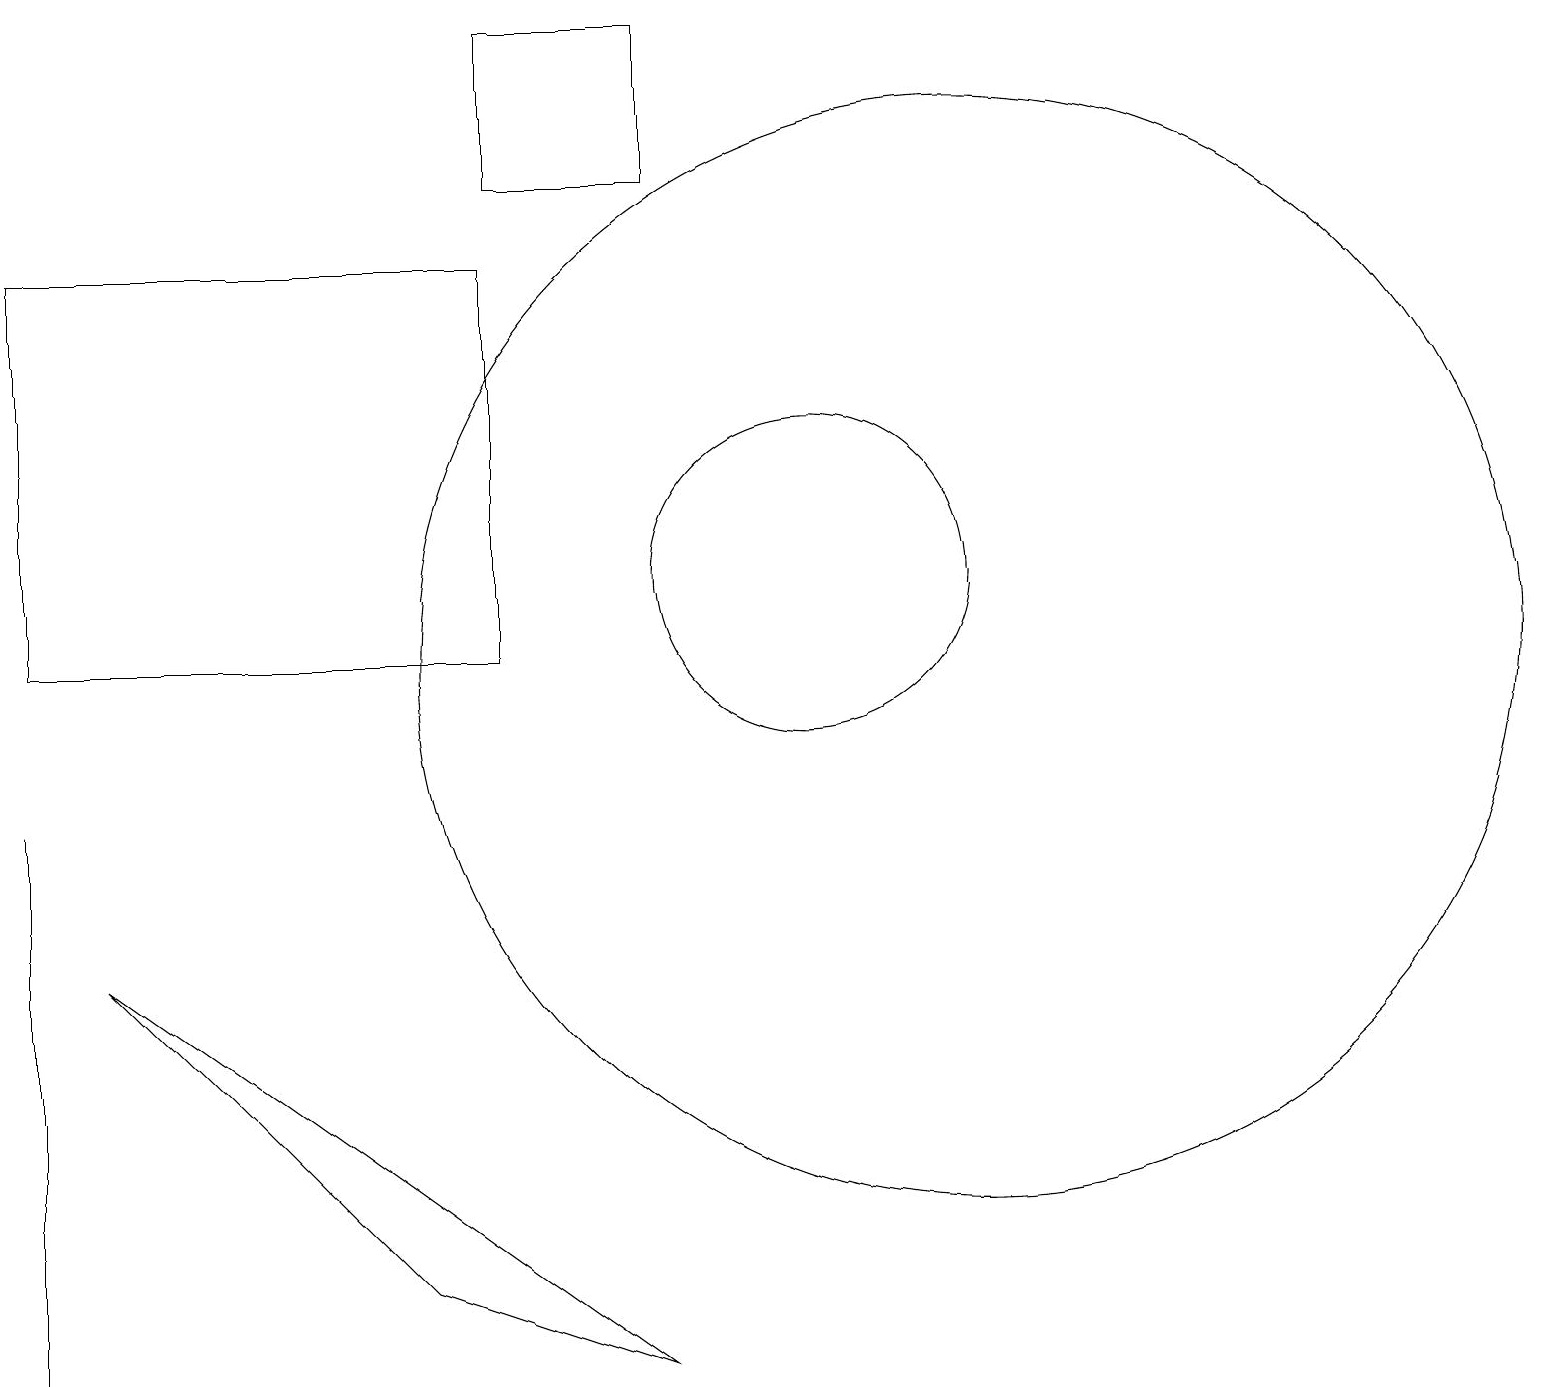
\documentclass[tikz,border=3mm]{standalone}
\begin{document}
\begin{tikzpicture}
\draw (12,10) circle (7);
\draw (10,11) circle (0);
\draw (10,11) circle (2);
\draw (0,6) -- (0,8) -- (0,1) -- cycle;
\draw (6,10) rectangle (0,15);
\draw (5,2) -- (8,1) -- (1,6) -- cycle;
\draw (8,16) rectangle (6,18);
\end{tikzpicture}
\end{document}